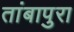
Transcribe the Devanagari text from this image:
तांबापुरा